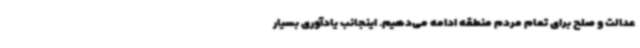
عدالت و صلح برای تمام مردم منطقه ادامه می‌دهیم. اینجانب یادآوری بسیار